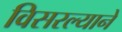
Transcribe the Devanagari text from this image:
विसरल्याने